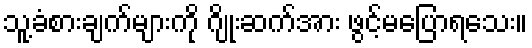
သူ့ခံစားချက်များကို ဂျိုးဆက်အား ဖွင့်မပြောရသေး။